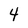
Character: 4